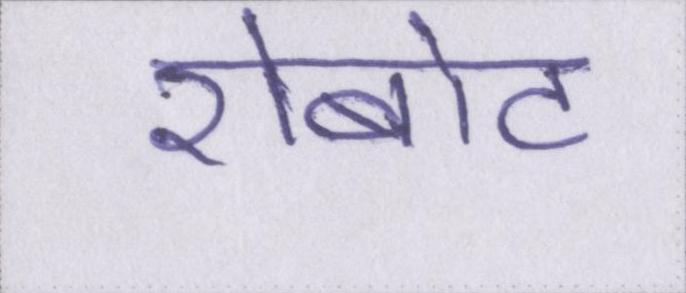
रोबोट